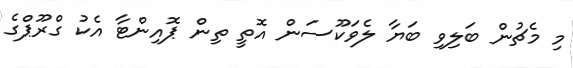
މި މެޗުން ބަލިވި ބަޔާ ލެވަކޫސަން އޮތީ ތިން ޕޮއިންޓާ އެކު ގްރޫޕްގެ